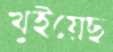
খুইয়েছ